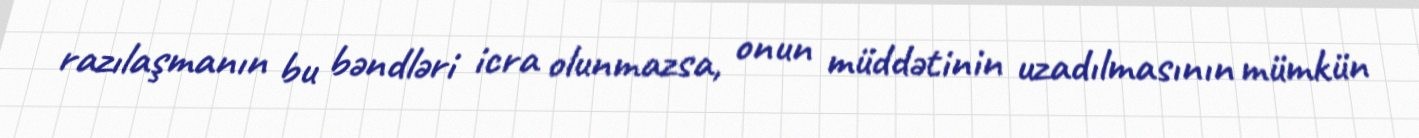
razılaşmanın bu bəndləri icra olunmazsa, onun müddətinin uzadılmasının mümkün